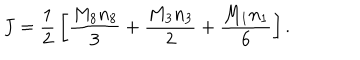
J = { \frac { 1 } { 2 } } \left[ { \frac { M _ { 8 } n _ { 8 } } { 3 } } + { \frac { M _ { 3 } n _ { 3 } } { 2 } } + { \frac { M _ { 1 } n _ { 1 } } { 6 } } \right] .